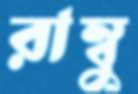
রাম্বু